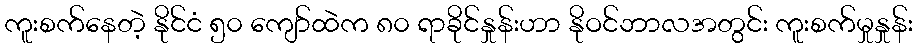
ကူးစက်နေတဲ့ နိုင်ငံ ၅၀ ကျော်ထဲက ၈၀ ရာခိုင်နှုန်းဟာ နိုဝင်ဘာလအတွင်း ကူးစက်မှုနှုန်း